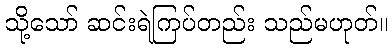
သို့သော် ဆင်းရဲကြပ်တည်း သည်မဟုတ်။